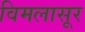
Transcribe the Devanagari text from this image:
विमलासूर